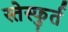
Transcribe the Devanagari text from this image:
स्तेस्फुर्त